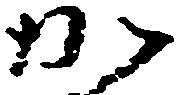
か